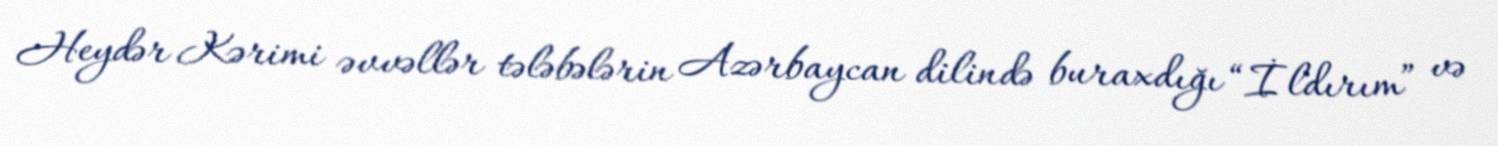
Heydər Kərimi əvvəllər tələbələrin Azərbaycan dilində buraxdığı “İldırım” və